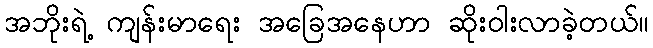
အဘိုးရဲ့ ကျန်းမာရေး အခြေအနေဟာ ဆိုးဝါးလာခဲ့တယ်။